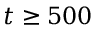
t \ge 5 0 0